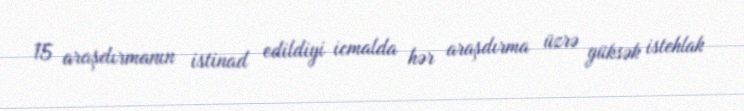
15 araşdırmanın istinad edildiyi icmalda hər araşdırma üzrə yüksək istehlak